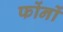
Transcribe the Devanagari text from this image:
फोंनों